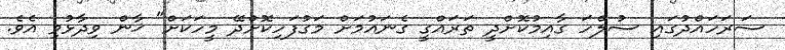
ސަރަހައްދުގައި ސުލްހަ ގާއިމުކޮށްދީ ތަރައްގީ ގެނައުމަށް މަގުފަހިކޮށްދޭ މީހަކަށް" ޚާން ވިދާޅުވި އެވެ.